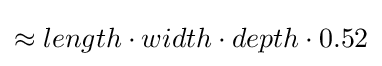
\approx length\cdot width\cdot depth\cdot 0.52